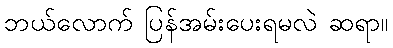
ဘယ်လောက် ပြန်အမ်းပေးရမလဲ ဆရာ။